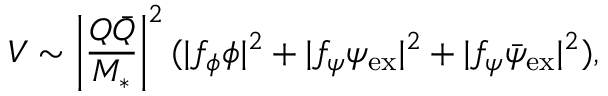
V \sim \left| \frac { Q \bar { Q } } { M _ { * } } \right| ^ { 2 } ( | f _ { \phi } { \phi } | ^ { 2 } + | f _ { \psi } { \psi } _ { \mathrm { e x } } | ^ { 2 } + | f _ { \psi } \bar { \psi } _ { \mathrm { e x } } | ^ { 2 } ) ,